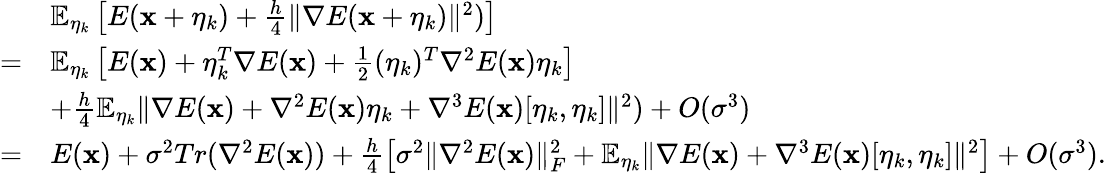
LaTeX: \begin{array}{rl}&{\mathbb{E}_{{\mathbf{\eta}}_{k}}\left[E(\mathbf{x}+{\mathbf{\eta}}_{k})+\frac{h}{4}\| \nabla E(\mathbf{x}+{\mathbf{\eta}}_{k})\| ^{2})\right]}\\ {=}&{\mathbb{E}_{{\mathbf{\eta}}_{k}}\left[E(\mathbf{x})+{\mathbf{\eta}}_{k}^{T}\nabla E(\mathbf{x})+\frac{1}{2}({\mathbf{\eta}}_{k})^{T}\nabla^{2}E(\mathbf{x}){\mathbf{\eta}}_{k}\right]}\\ &{+\frac{h}{4}\mathbb{E}_{{\mathbf{\eta}}_{k}}\| \nabla E(\mathbf{x})+\nabla^{2}E(\mathbf{x}){\mathbf{\eta}}_{k}+\nabla^{3}E(\mathbf{x})[{\mathbf{\eta}}_{k},{\mathbf{\eta}}_{k}]\| ^{2})+O(\sigma^{3})}\\ {=}&{E(\mathbf{x})+\sigma^{2}Tr(\nabla^{2}E(\mathbf{x}))+\frac{h}{4}\left[\sigma^{2}\| \nabla^{2}E(\mathbf{x})\| _{F}^{2}+\mathbb{E}_{{\mathbf{\eta}}_{k}}\| \nabla E(\mathbf{x})+\nabla^{3}E(\mathbf{x})[{\mathbf{\eta}}_{k},{\mathbf{\eta}}_{k}]\| ^{2}\right]+O(\sigma^{3}).}\end{array}